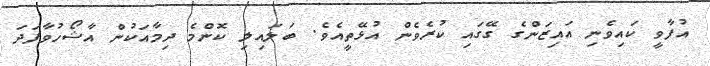
އުފާވީ ކައިވެނި އައިޒަންގެ ގޭގައި ކުރެވެން އުޅޭތީއެވެ. ބަލައިލި ކޮންމެ ދިމާއަކުން އާޝޯހުވާފަދަ